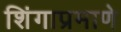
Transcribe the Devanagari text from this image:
शिंगाप्रमाणे